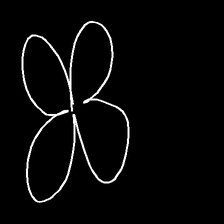
Glyph: billowing